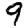
Digit: 9